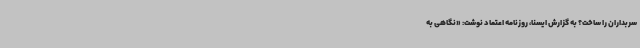
سربداران را ساخت؟ به گزارش ایسنا، روزنامه اعتماد نوشت: «نگاهی به